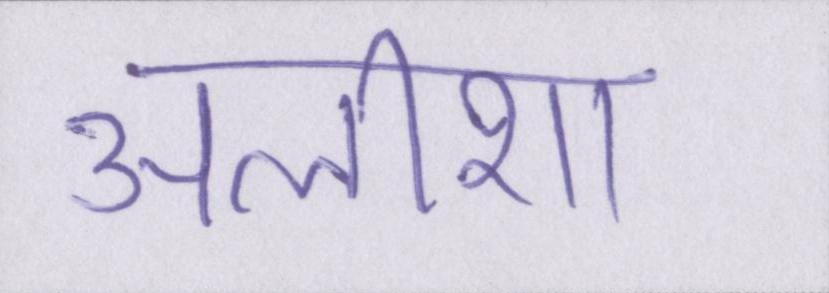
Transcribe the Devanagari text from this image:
अलीशा